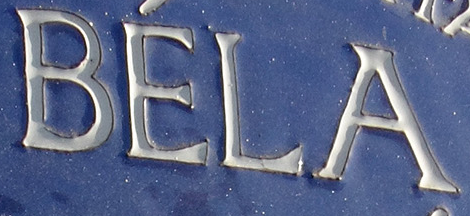
BELA